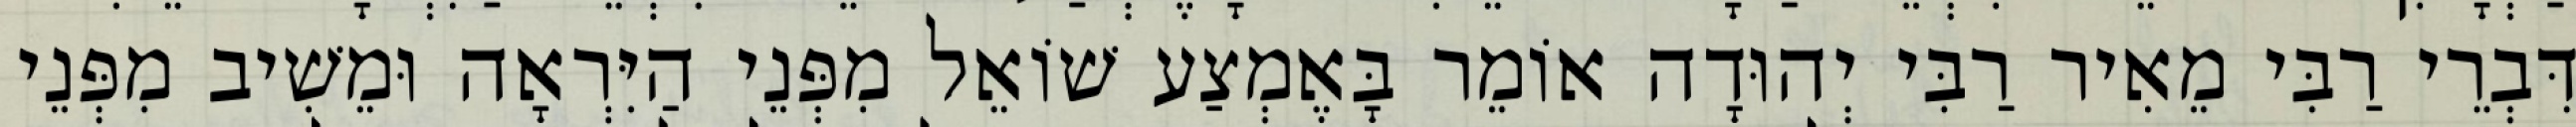
דִּבְרֵי רַבִּי מֵאִיר רַבִּי יְהוּדָה אוֹמֵר בָּאֶמְצַע שׁוֹאֵל מִפְּנֵי הַיִּרְאָה וּמֵשִׁיב מִפְּנֵי